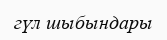
гүл шыбындары